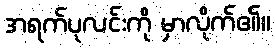
အရက်ပုလင်းကို မှာလိုက်၏။